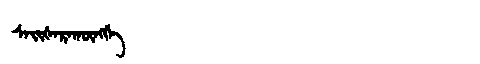
Manchu: ᠰᠠᡳᡧᠠᡵᠠᡴᡡᠩᡤᡝ
Romanization: SAIŠARAKŪNGGE